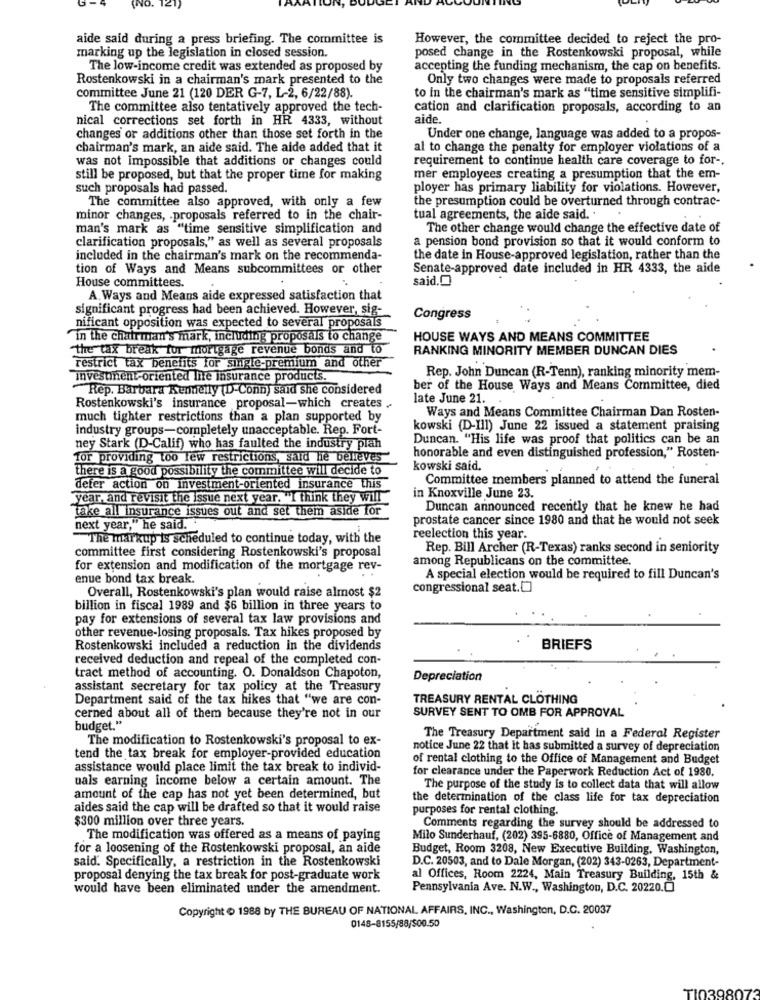
aide said during a press briefing. The committee is
However, the committee decided to reject the pro-
marking up the legislation in closed session.
posed change in the Rostenkowski proposal, while
The low-income credit was extended as proposed by
accepting the funding mechanism, the cap on benefits.
Rostenkowski in a chairman's mark presented to the
Only two changes were made to proposals referred
committee June 21 (120 DER G-7, L-2, 6/22/88).
to In the chairman's mark as "time sensitive simplifi-
The committee also tentatively approved the tech-
cation and clarification proposals, according to an
nical corrections set forth in HR 4333, without
aide.
changes or additions other than those set forth in the
Under one change, language was added to a propos-
chairman's mark, an aide said. The aide added that it
al to change the penalty for employer violations of a
was not impossible that additions or changes could
requirement to continue health care coverage to for -.
still be proposed, but that the proper time for making
mer employees creating a presumption that the em-
such proposals had passed.
ployer has primary liability for violations. However,
The committee also approved, with only a few
the presumption could be overturned through contrac-
minor changes, . proposals referred to in the chair-
tual agreements, the aide said. "
man's mark as "time sensitive simplification and
The other change would change the effective date of
clarification proposals," as well as several proposals
a pension bond provision so that it would conform to
included in the chairman's mark on the recommenda-
the date in House-approved legislation, rather than the
tion of Ways and Means subcommittees or other
Senate-approved date included in HR 4333, the aide
said.
House committees.
A. Ways and Means aide expressed satisfaction that
significant progress had been achieved. However, sig-
Congress
nificant opposition was expected to several proposals
in the chairman's mark, including proposals to change
HOUSE WAYS AND MEANS COMMITTEE
"the tax break for mortgage revenue bonds and to
RANKING MINORITY MEMBER DUNCAN DIES
restrict tax benefits for single-premium and other
Rep. John Duncan (R-Tenn), ranking minority mem-
investment-oriented life insurance products.
Rep. Barbara Kennelly [D-Conn) said she considered
ber of the House Ways and Means Committee, died
late June 21.
Rostenkowski's insurance proposal-which creates
Ways and Means Committee Chairman Dan Rosten-
much tighter restrictions than a plan supported by
industry groups-completely unacceptable. Rep. Fort-
kowski (D-III) June 22 issued a statement praising
Duncan. "His life was proof that politics can be an
ney Stark (D-Calif) who has faulted the industry plan
for providing too few restrictions, said he believes
honorable and even distinguished profession," Rosten-
there is a good possibility the committee will decide to
kowski said.
Committee members planned to attend the funeral
defer action on investment-oriented insurance this
year, and revisit the issue next year. "I think they will
in Knoxville June 23.
take all insurance issues out and set them aside for
Duncan announced recently that he knew he had
prostate cancer since 1980 and that he would not seek
next year," he said ..
The markup is scheduled to continue today, with the
reelection this year.
committee first considering Rostenkowski's proposal
Rep. Bill Archer (R-Texas) ranks second in seniority
among Republicans on the committee.
for extension and modification of the mortgage rev-
enue bond tax break.
A special election would be required to fill Duncan's
Overall, Rostenkowski's plan would raise almost $2
congressional seat.[]
billion in fiscal 1989 and $6 billion in three years to
pay for extensions of several tax law provisions and
other revenue-losing proposals. Tax hikes proposed by
Rostenkowski included a reduction in the dividends
BRIEFS
received deduction and repeal of the completed con-
tract method of accounting. O. Donaldson Chapoton,
Depreciation
assistant secretary for tax policy at the Treasury
Department said of the tax hikes that "we are con-
TREASURY RENTAL CLOTHING
SURVEY SENT TO OMB FOR APPROVAL
cerned about all of them because they're not in our
budget."
The modification to Rostenkowski's proposal to ex-
The Treasury Department said in a Federal Register
notice June 22 that it has submitted a survey of depreciation
tend the tax break for employer-provided education
of rental clothing to the Office of Management and Budget
assistance would place limit the tax break to individ-
for clearance under the Paperwork Reduction Act of 1980.
uals earning income below a certain amount. The
The purpose of the study is to collect data that will allow
amount of the cap has not yet been determined, but
the determination of the class life for tax depreciation
aides said the cap will be drafted so that it would raise
purposes for rental clothing.
$300 million over three years.
Comments regarding the survey should be addressed to
The modification was offered as a means of paying
Milo Sunderhauf, (202) 395-6880, Office of Management and
for a loosening of the Rostenkowski proposal, an aide
Budget, Room 3208, New Executive Building, Washington,
said. Specifically, a restriction in the Rostenkowski
D.C. 20503, and to Dale Morgan, (202) 343-0263, Department-
proposal denying the tax break for post-graduate work
al Offices, Room 2224, Main Treasury Building, 15th &
would have been eliminated under the amendment.
Pennsylvania Ave. N.W ., Washington, D.C. 20220.0
Copyright & 1988 by THE BUREAU OF NATIONAL AFFAIRS, INC ., Washington, D.C. 20037
0148-8155/88/500.50
T10398